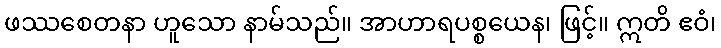
ဖဿစေတနာ ဟူသော နာမ်သည်။ အာဟာရပစ္စယေန၊ ဖြင့်။ ဣတိ ဧဝံ၊